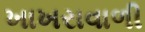
ખાખરાવાળી